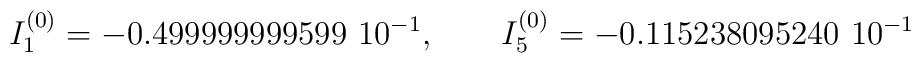
I^{(0)}_1=-0.499999999599\ 10^{-1}, \qquad I^{(0)}_5=-0.115238095240\ 10^{-1}